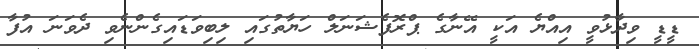
ޑީޑީ ވިދާޅުވީ އިއްޔެ އަކީ އޭނާގެ ޕްރޮފެޝަނަލް ހަޔާތުގައި ލިބިވަޑައިގެންނެވި ދެވަނަ އުފާ